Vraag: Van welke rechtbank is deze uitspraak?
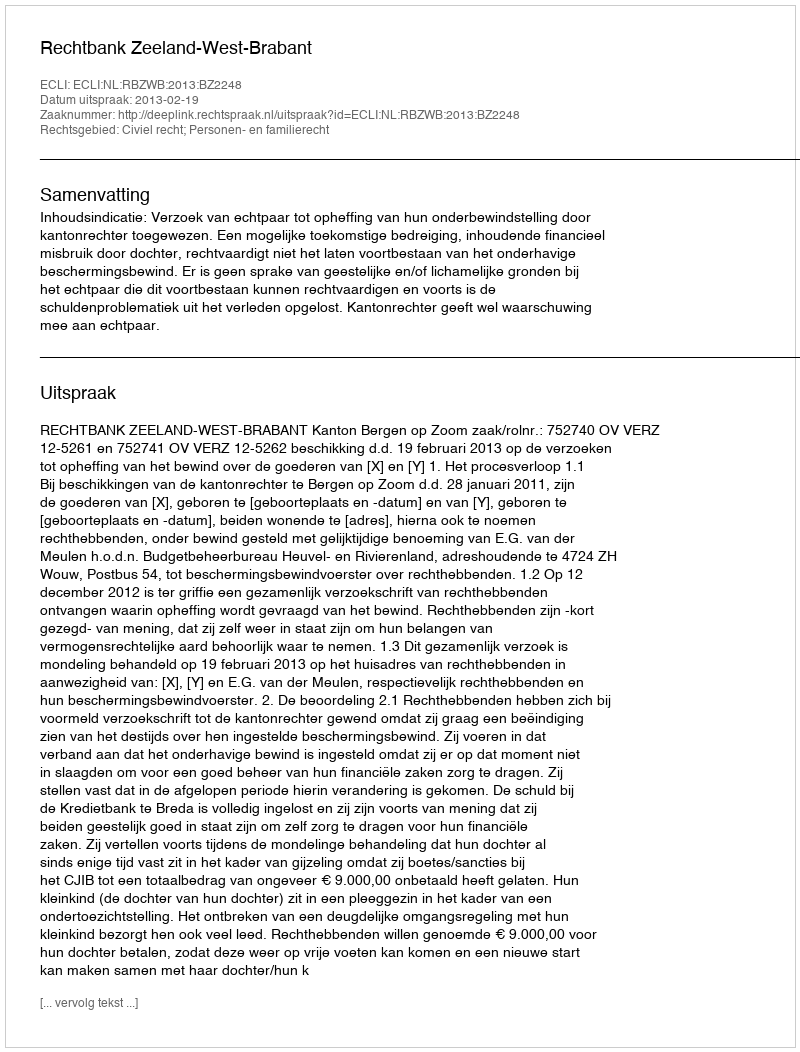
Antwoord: Rechtbank Zeeland-West-Brabant